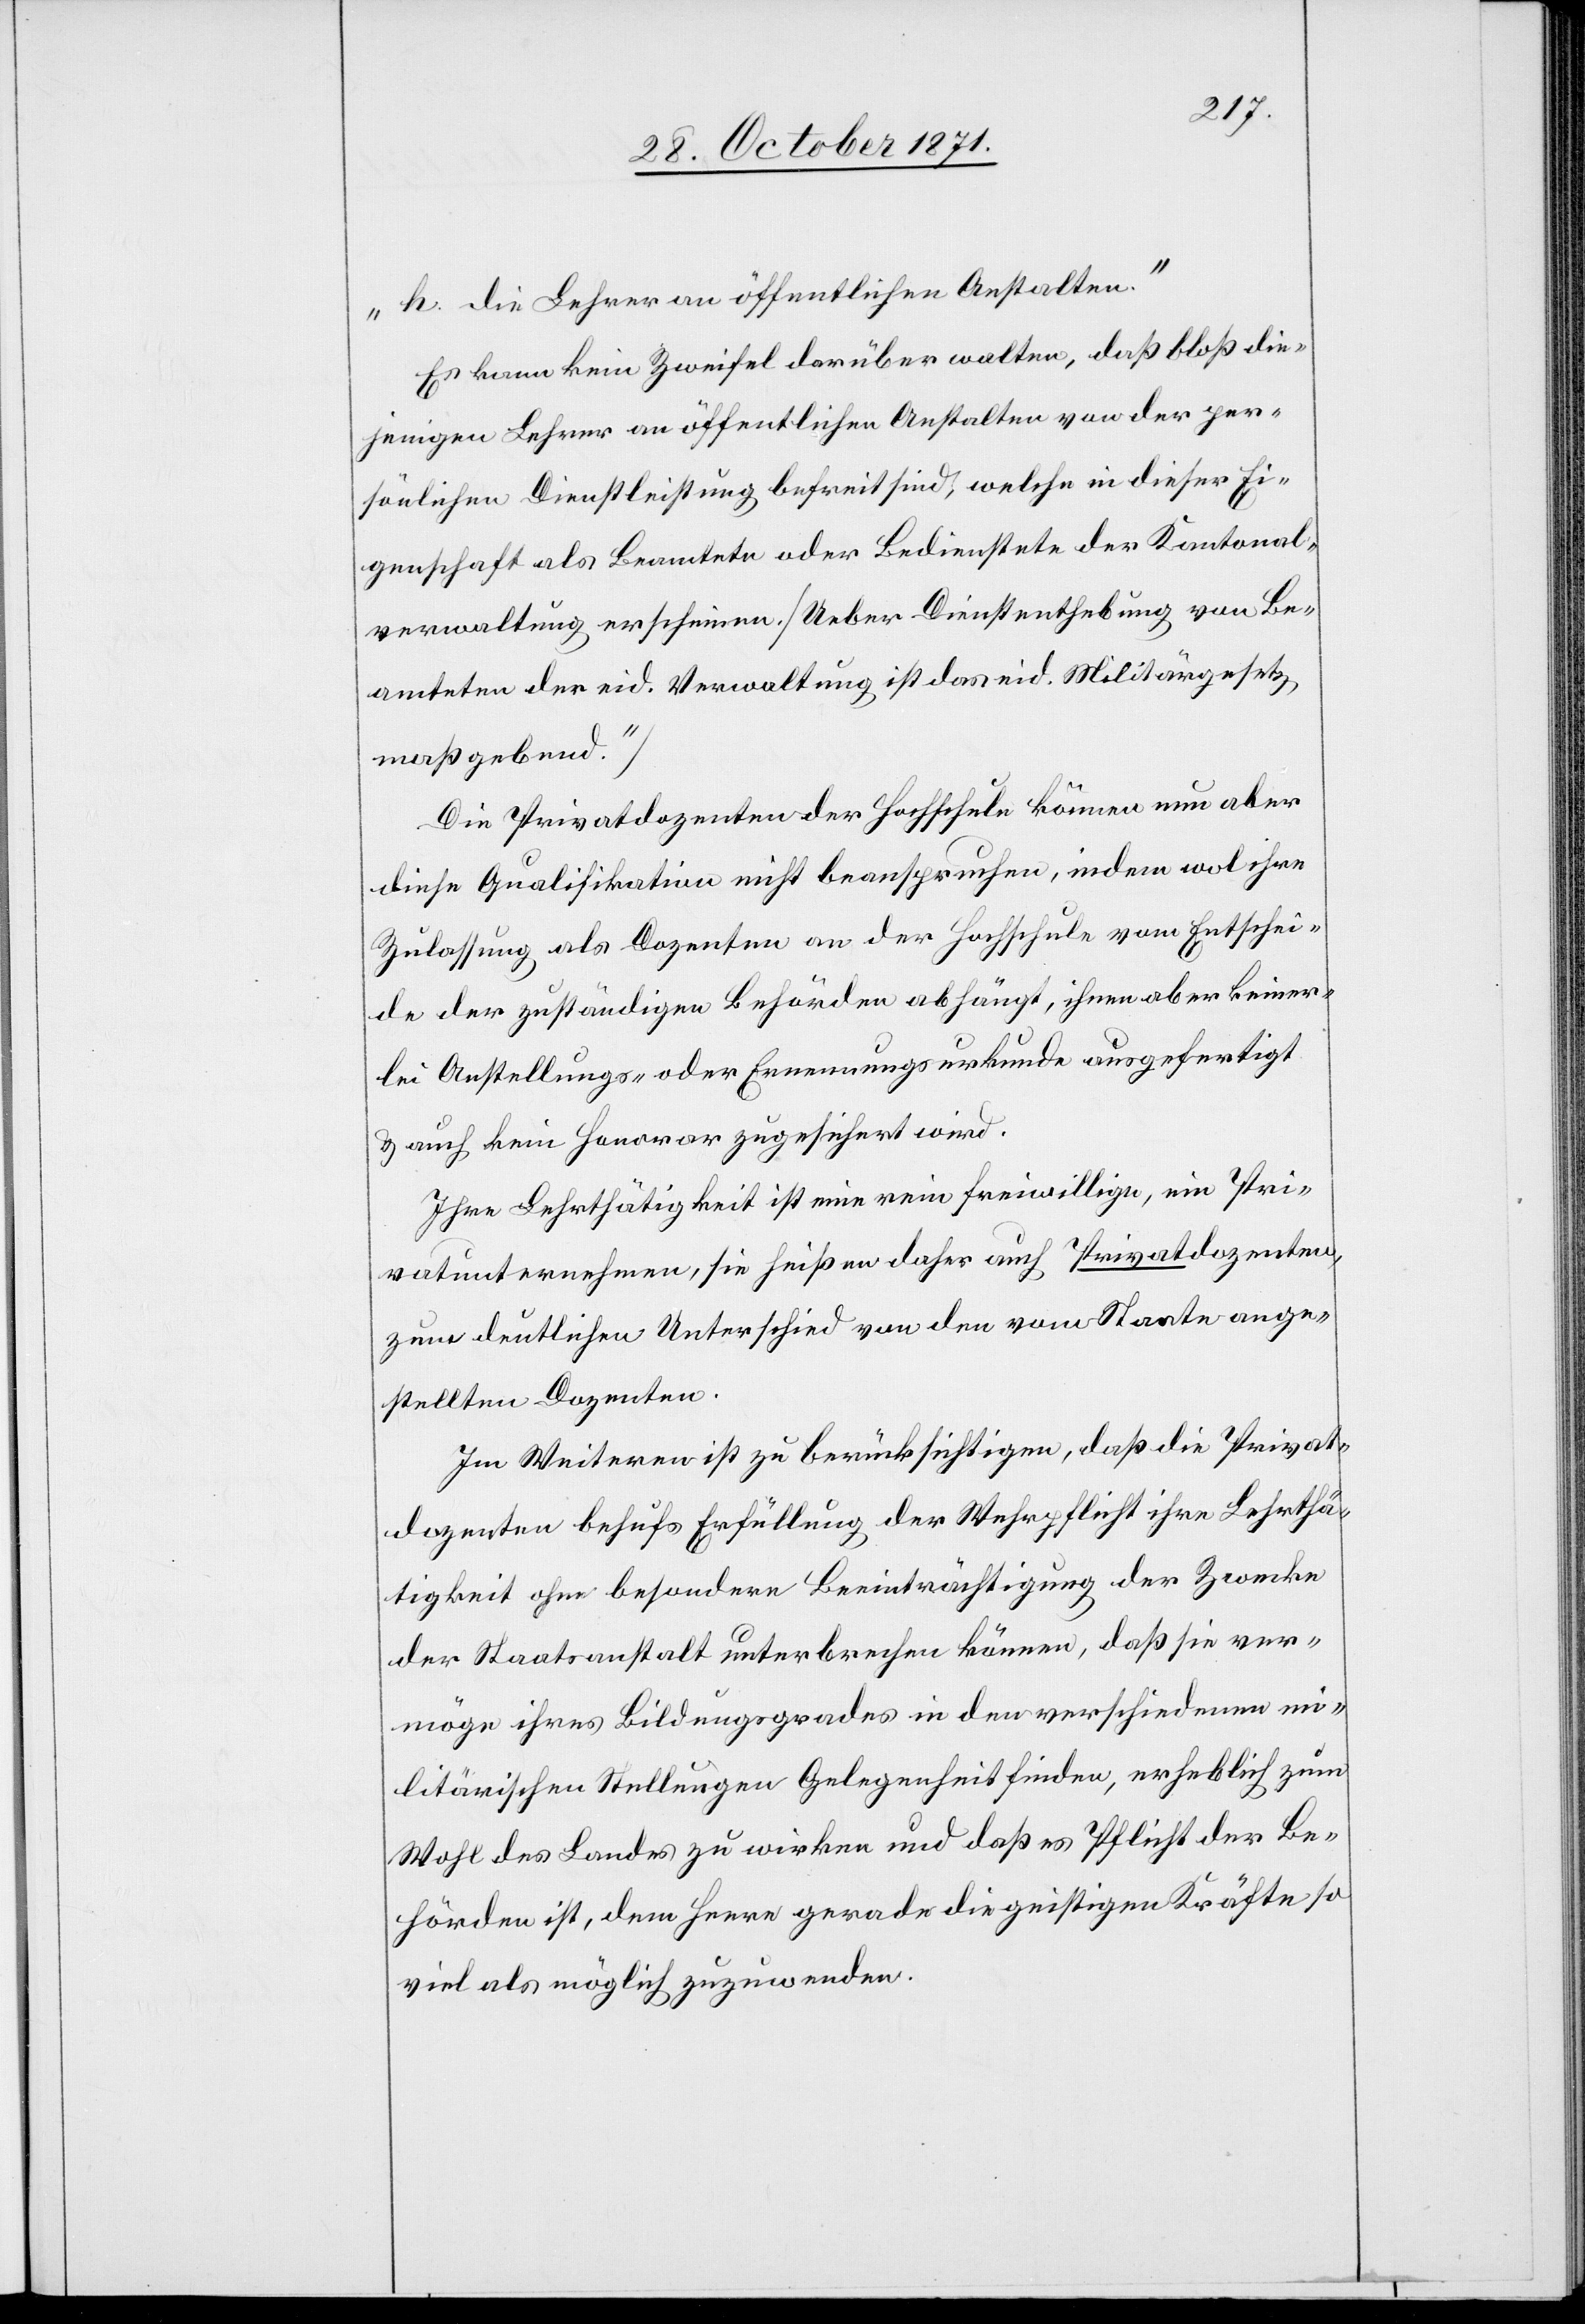
h die Lehrer an öffentlichen Anstalten.“
Es kann kein Zweifel darüber walten, daß bloß die¬
jenigen Lehrer an öffentlichen Anstalten von der per¬
sönlichen Dienstleistung befreit sind, welche in dieser Ei¬
genschaft als Beamtete oder Bedienstete der Kantonal¬
verwaltung erscheinen. [Ueber Dienstenthebung von Be¬
amteten der eid. Verwaltung ist das eid. Militärgesetz
maßgebend.]
Die Privatdozenten der Hochschule können nun aber
diese Qualifikation nicht beanspruchen, indem wol ihre
Zulassung als Dozenten an der Hochschule vom Entschei¬
de der zuständigen Behörde abhängt, ihnen aber keiner¬
lei Anstellungs- oder Ernennungsurkunde ausgefertigt
& auch kein Honorar zugesichert wird.
Ihre Lehrthätigkeit ist eine rein freiwillige, ein Pri¬
vatunternehmen, sie heißen daher auch Privatdozenten
zum deutlichen Unterschied von den vom Staate ange¬
stellten Dozenten.
Im Weiteren ist zu berücksichtigen, daß die Privat¬
dozenten behufs Erfüllung der Wehrpflicht ihre Lehrthä¬
tigkeit ohne besondere Beeinträchtigung der Zwecke
der Staatsanstalt unterbrechen können, daß sie ver¬
möge ihres Bildungsgrades in den verschiedenen mi¬
litärischen Stellungen Gelegenheit finden, erheblich zum
Wohl des Landes zu wirken und daß es Pflicht der Be¬
hörden ist, dem Herrn gerade die geistigen Kräfte so
viel als möglich zuzuwenden.